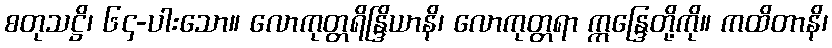
စတုသဋ္ဌိ၊ ၆၄-ပါးသော။ လောကုတ္တရိန္ဒြိယာနိ၊ လောကုတ္တရာ ဣန္ဒြေတို့ကို။ ကထိတာနိ၊